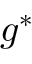
g ^ { \ast }